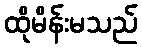
ထိုမိန်းမသည်